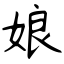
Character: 娘